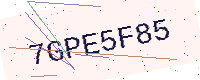
Text: 7GPE5F85